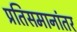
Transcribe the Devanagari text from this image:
प्रतिसमानांतर